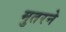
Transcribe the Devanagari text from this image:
मुतरने